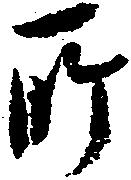
所